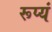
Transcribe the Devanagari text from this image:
रूप्यं